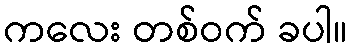
ကလေး တစ်ဝက် ခပါ။